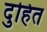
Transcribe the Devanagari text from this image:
दुहित